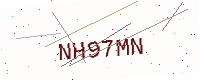
Text: NH97MN